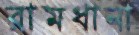
রামধানা